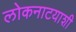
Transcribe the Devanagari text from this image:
लोकनाटयाशी